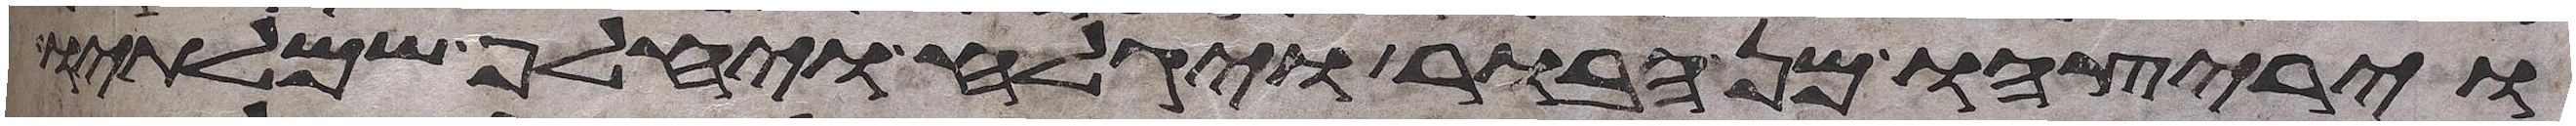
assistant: ויריצהו מן הבור ויגלח ויחלף שמלתיו